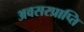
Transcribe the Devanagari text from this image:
अवसरप्राप्ति